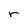
Character: r